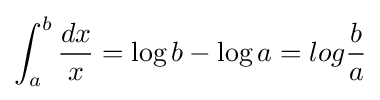
\int _{a}^{b}{\frac {dx}{x}}=\log b-\log a=log{\frac {b}{a}}